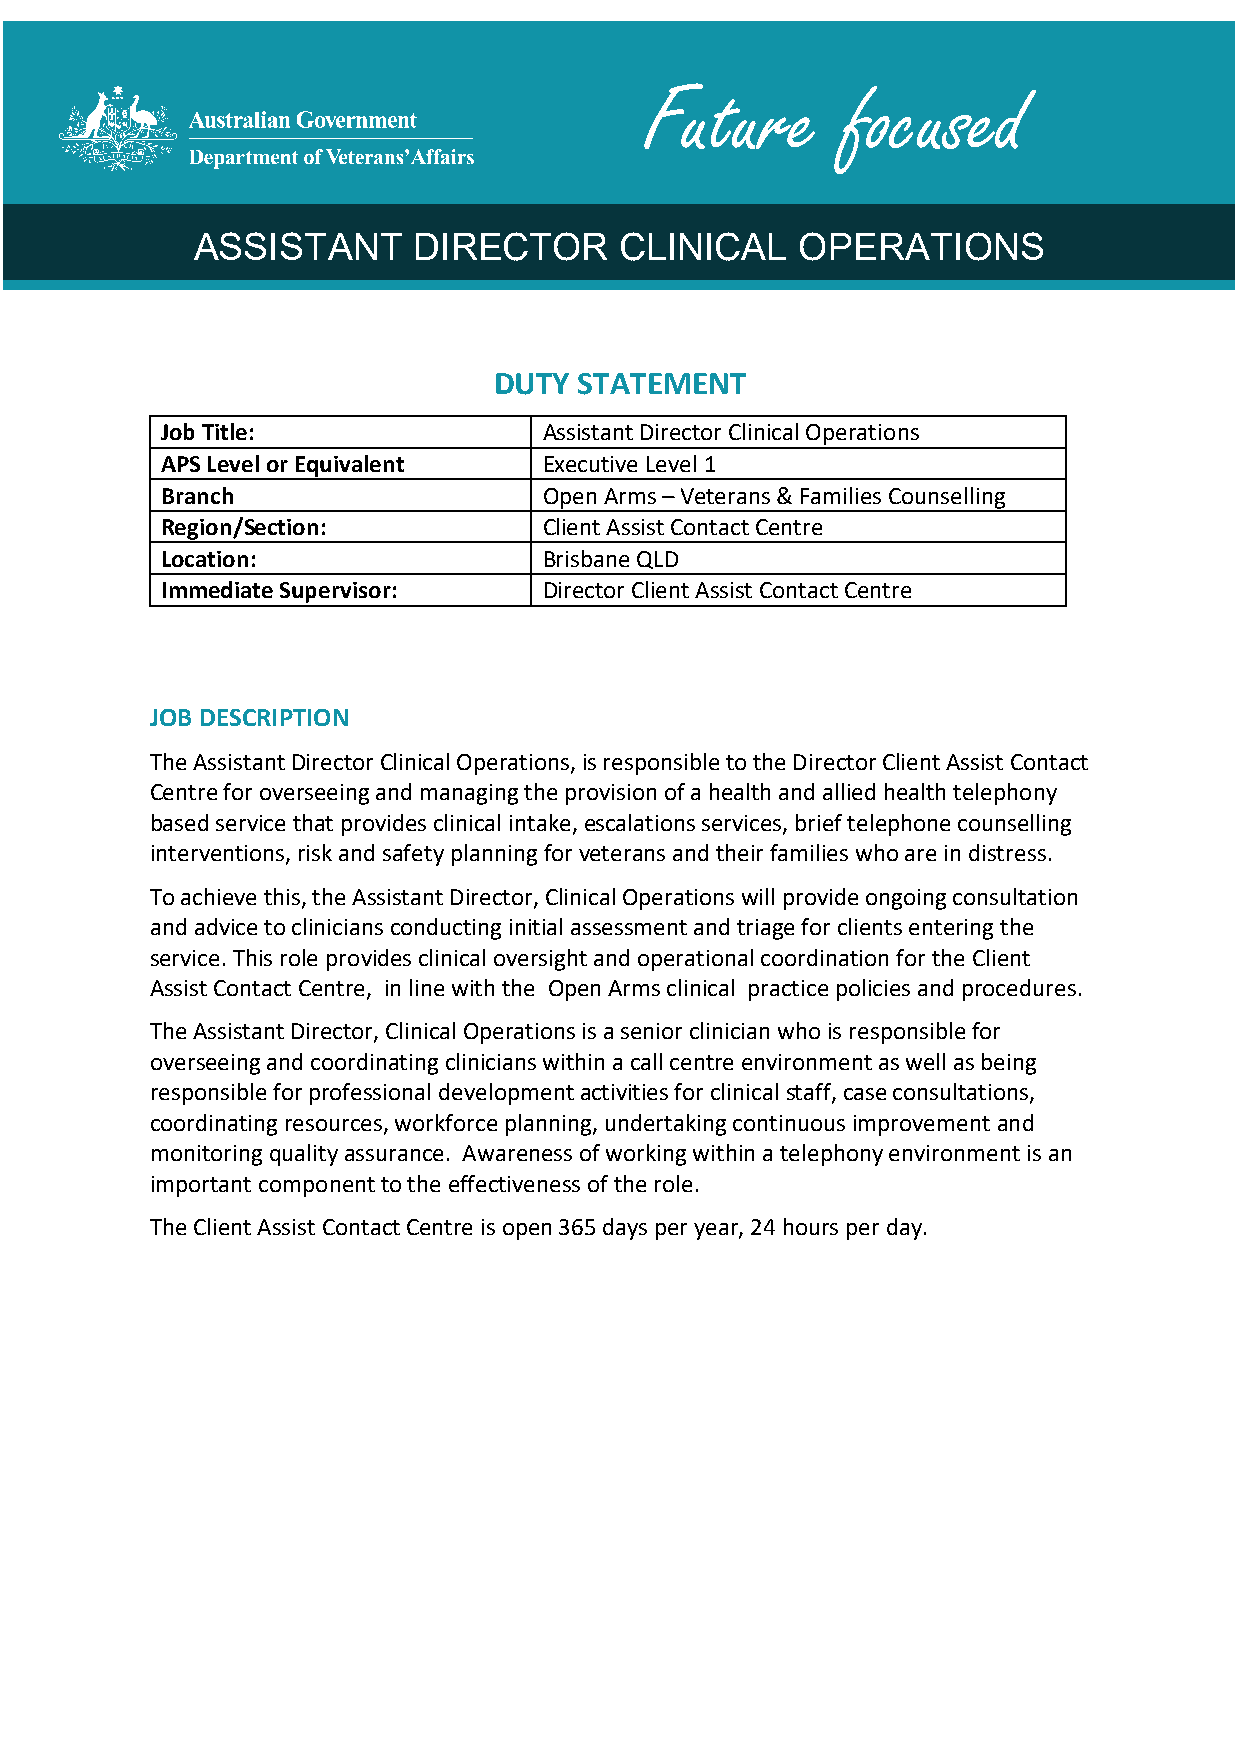

 Future       focused
 ASSISTANT     DIRECTOR      CLINICAL    OPERATIONS
 DUTY STATEMENT
 Job Title:               Assistant Director Clinical Operations
 APS Level or Equivalent  Executive Level 1
 Branch                   Open Arms – Veterans & Families Counselling
 Region/Section:          Client Assist Contact Centre
 Location:                Brisbane QLD
 Immediate Supervisor:    Director Client Assist Contact Centre
 JOB DESCRIPTION
 The Assistant Director Clinical Operations, is responsible to the Director Client Assist Contact
 Centre for overseeing and managing the provision of a health and allied health telephony
 based service that provides clinical intake, escalations services, brief telephone counselling
 interventions, risk and safety planning for veterans and their families who are in distress.
 To achieve this, the Assistant Director, Clinical Operations will provide ongoing consultation
 and advice to clinicians conducting initial assessment and triage for clients entering the
 service. This role provides clinical oversight and operational coordination for the Client
 Assist Contact Centre, in line with the Open Arms clinical practice policies and procedures.
 The Assistant Director, Clinical Operations is a senior clinician who is responsible for
 overseeing and coordinating clinicians within a call centre environment as well as being
 responsible for professional development activities for clinical staff, case consultations,
 coordinating resources, workforce planning, undertaking continuous improvement and
 monitoring quality assurance. Awareness of working within a telephony environment is an
 important component to the effectiveness of the role.
 The Client Assist Contact Centre is open 365 days per year, 24 hours per day.